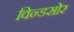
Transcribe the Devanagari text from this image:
विन्डसोर